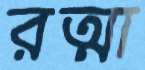
রত্মা